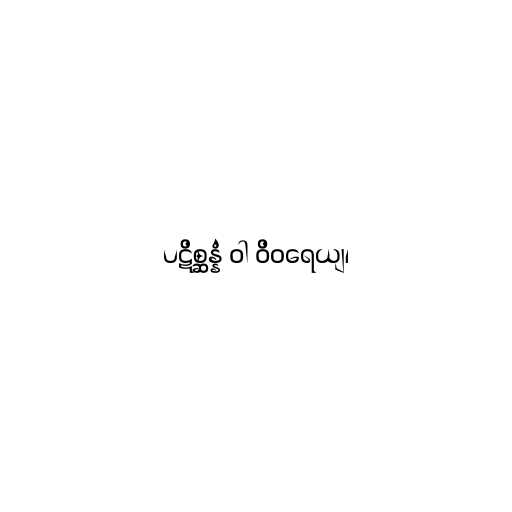
ပဋိစ္ဆန္နံ ဝါ ဝိဝရေယျ၊